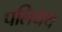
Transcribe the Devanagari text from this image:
पलियथ